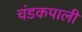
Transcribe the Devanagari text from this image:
चंडकपाली